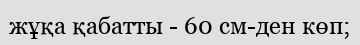
жұқа қабатты - 60 см-ден көп;